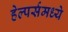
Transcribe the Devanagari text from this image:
हेल्पर्समध्ये